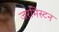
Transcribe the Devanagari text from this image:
जरमिस्टन